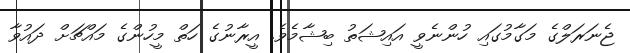
ޖެނަރަލްގެ މަގާމުގައި ހުންނެވީ އައިޝަތު ބިޝާމެވެ. އީރާނުގެ ހަތް މީހުންގެ މައްޗަށް ދައުވާ